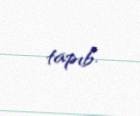
tapıb.